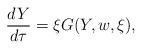
LaTeX: \begin{align*} \frac{dY}{d\tau}= \xi G(Y, w, \xi),\end{align*}